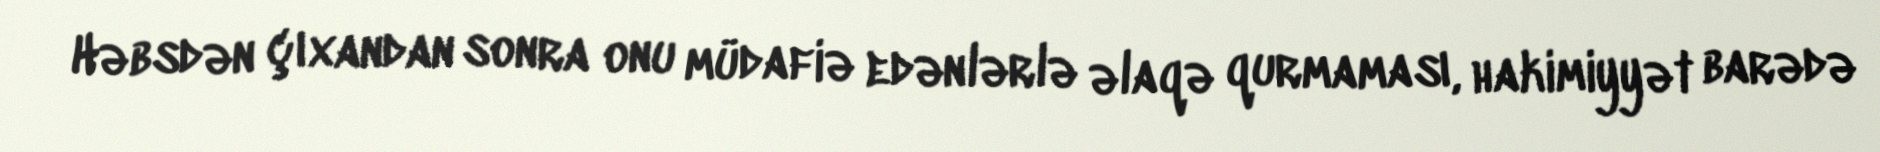
Həbsdən çıxandan sonra onu müdafiə edənlərlə əlaqə qurmaması, hakimiyyət barədə